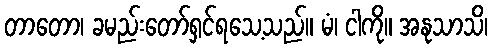
တာတော၊ ခမည်းတော်ရှင်ရသေ့သည်။ မံ၊ ငါကို။ အနုသာသိ၊